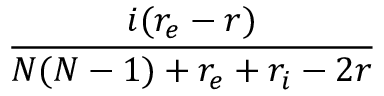
\frac { i ( r _ { e } - r ) } { N ( N - 1 ) + r _ { e } + r _ { i } - 2 r }